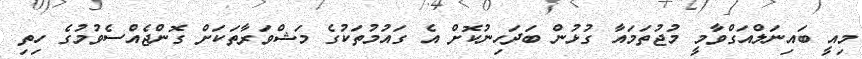
މިއީ ބައިނަލްއަގްވާމީ މުޖުތަމައާ ގުޅުން ބަދަހިނުކޮށް އެ ގައުމުތަކުގެ މަޝްވަރާތަކަށް ގޮންޖެއްސެވުމުގެ ހިތި